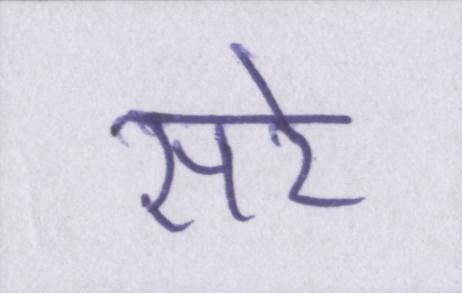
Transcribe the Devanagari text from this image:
सरे